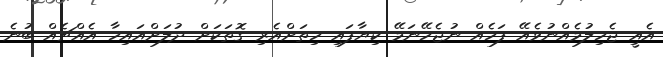
އެއީ ޖެހިލުމެއްނުވެއޭ ފަހެއް ނުޖެހޭނަމޭ ކިޔާފައި ހިތަށްއެރި ގޮތަކަށް ދުލަށްއައިހާ އެއްޗެއް ބުނެ